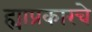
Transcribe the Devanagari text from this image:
ह्याप्रकारचे